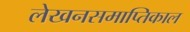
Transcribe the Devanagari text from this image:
लेखनसमाप्तिकाल